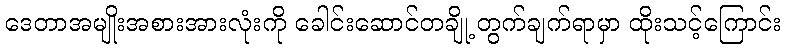
ဒေတာအမျိုးအစားအားလုံးကို ခေါင်းဆောင်တချို့ တွက်ချက်ရာမှာ ထိုးသင့်ကြောင်း